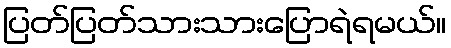
ပြတ်ပြတ်သားသားပြောရဲရမယ်။